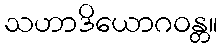
သဟာဒိယောဂဝန္တ။